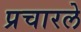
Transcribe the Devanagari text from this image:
प्रचारले